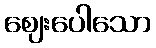
ဈေးပေါသော